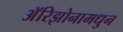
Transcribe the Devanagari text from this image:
अॅरिझोनामधुन